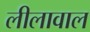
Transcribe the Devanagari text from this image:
लीलावाल